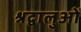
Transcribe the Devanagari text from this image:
श्रद्वालुओं